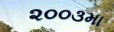
૨૦૦૩મા